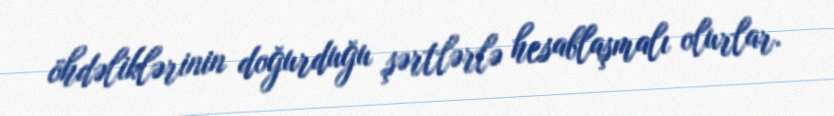
öhdəliklərinin doğurduğu şərtlərlə hesablaşmalı olurlar.